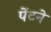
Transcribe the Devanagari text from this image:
पेंटने